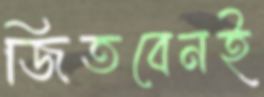
জিতবেনই